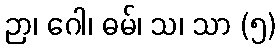
ဉာ၊ ဂေါ၊ ဓမ်၊ သ၊ သာ (၅)